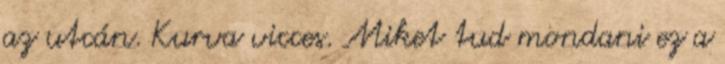
az utcán. Kurva vicces. Miket tud mondani ez a